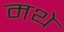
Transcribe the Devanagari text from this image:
मथे